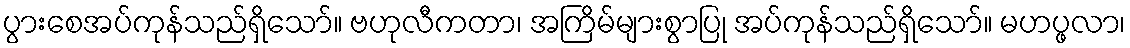
ပွားစေအပ်ကုန်သည်ရှိသော်။ ဗဟုလီကတာ၊ အကြိမ်များစွာပြု အပ်ကုန်သည်ရှိသော်။ မဟပ္ဖလာ၊